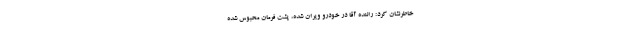
خاطرنشان کرد: راننده آقا در خودرو ویران شده،‌ پشت فرمان محبوس شده